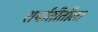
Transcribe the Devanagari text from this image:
शर्यातीतीला